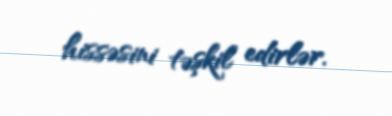
hissəsini təşkil edirlər.